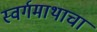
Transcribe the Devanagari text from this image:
स्वर्गमाथाचा